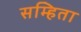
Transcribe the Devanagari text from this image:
सम्हिता